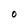
Character: O